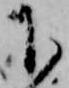
下